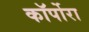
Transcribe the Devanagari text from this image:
कॉर्पोरा